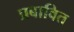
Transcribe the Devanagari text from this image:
प्रबावित